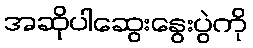
အဆိုပါဆွေးနွေးပွဲကို